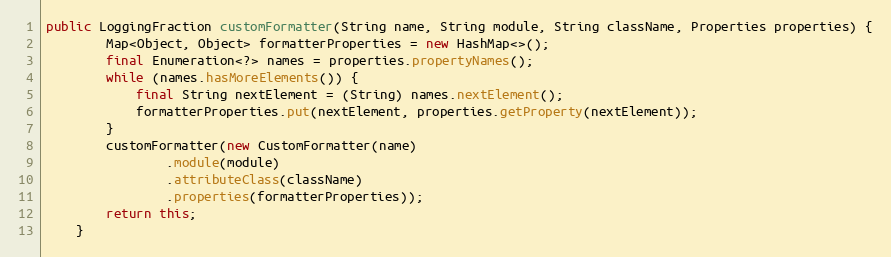
Language: Java
public LoggingFraction customFormatter(String name, String module, String className, Properties properties) {
        Map<Object, Object> formatterProperties = new HashMap<>();
        final Enumeration<?> names = properties.propertyNames();
        while (names.hasMoreElements()) {
            final String nextElement = (String) names.nextElement();
            formatterProperties.put(nextElement, properties.getProperty(nextElement));
        }
        customFormatter(new CustomFormatter(name)
                .module(module)
                .attributeClass(className)
                .properties(formatterProperties));
        return this;
    }